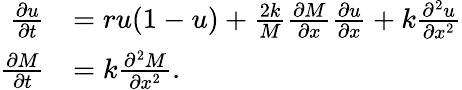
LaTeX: \begin{array}{rl}{\frac{\partial u}{\partial t}}&{=ru(1-u)+\frac{2k}{M}\frac{\partial M}{\partial x}\frac{\partial u}{\partial x}+k\frac{\partial^{2}u}{\partial x^{2}}}\\ {\frac{\partial M}{\partial t}}&{=k\frac{\partial^{2}M}{\partial x^{2}}.}\end{array}